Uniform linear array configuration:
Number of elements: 16
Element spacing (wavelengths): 0.75
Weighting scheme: uniform
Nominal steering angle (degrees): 60
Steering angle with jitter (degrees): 59.979
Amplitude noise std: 0.05
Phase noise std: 0.05

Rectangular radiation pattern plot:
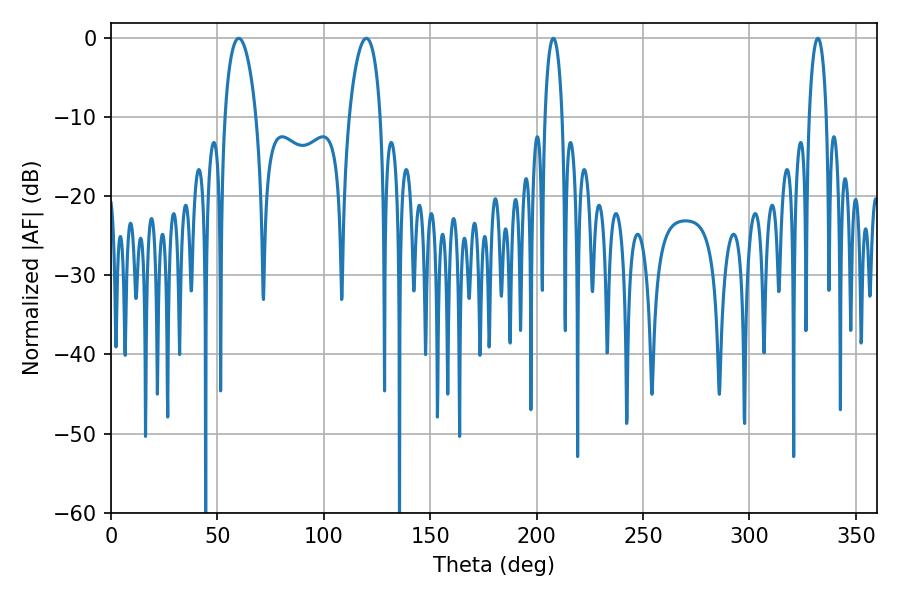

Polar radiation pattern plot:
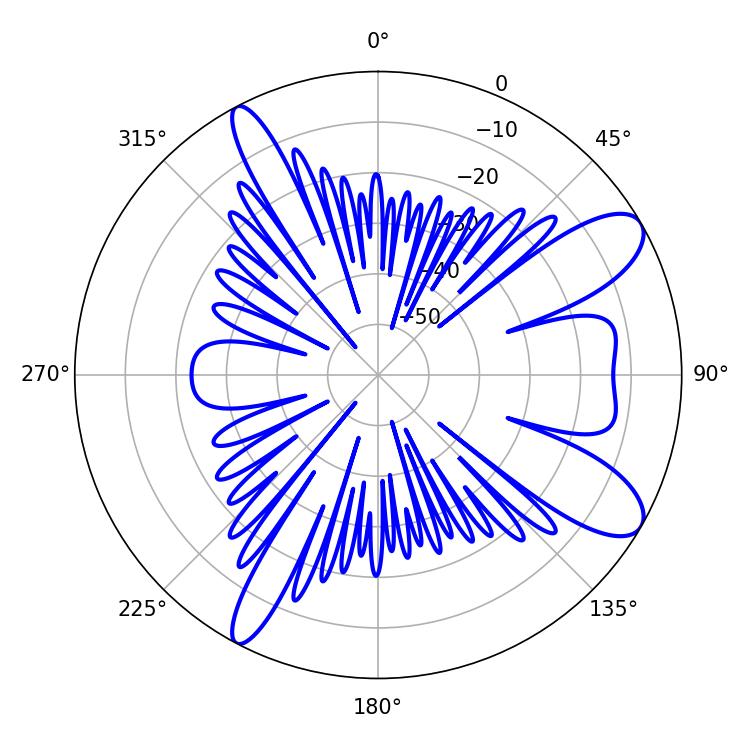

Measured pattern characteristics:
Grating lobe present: TRUE
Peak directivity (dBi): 9.795
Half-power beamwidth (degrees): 8.28
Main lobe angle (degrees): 59.94